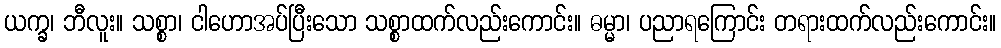
ယက္ခ၊ ဘီလူး။ သစ္စာ၊ ငါဟောအပ်ပြီးသော သစ္စာထက်လည်းကောင်း။ ဓမ္မာ၊ ပညာရကြောင်း တရားထက်လည်းကောင်း။